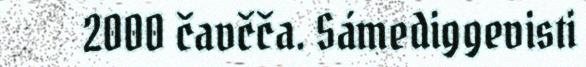
2000 čavčča. Sámediggevisti